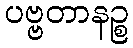
ပဗ္ဗတာနဉ္စ